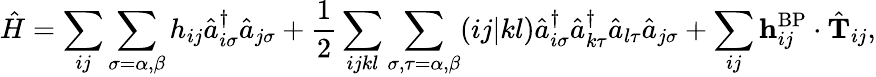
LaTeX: \hat{H}=\sum_{ij}\sum_{\sigma=\alpha,\beta}h_{ij}\hat{a}_{i\sigma}^{\dagger}\hat{a}_{j\sigma}+\frac{1}{2}\sum_{ijkl}\sum_{\sigma,\tau=\alpha,\beta}(ij|kl)\hat{a}_{i\sigma}^{\dagger}\hat{a}_{k\tau}^{\dagger}\hat{a}_{l\tau}\hat{a}_{j\sigma}+\sum_{ij}\mathbf{h}_{ij}^{\mathrm{BP}}\cdot\hat{\mathbf{T}}_{ij},